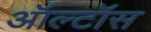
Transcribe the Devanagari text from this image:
ऑल्टॉस